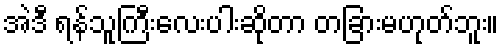
အဲဒီ ရန်သူကြီးလေးပါးဆိုတာ တခြားမဟုတ်ဘူး။